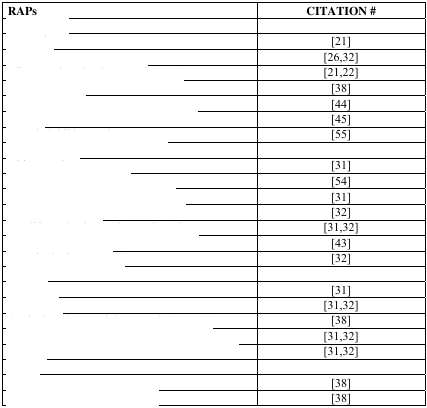
<table><thead><tr><td><b>RAPs</b></td><td><b>CITATION #</b></td></tr></thead><tbody><tr><td>[EMPTY_CELL]</td><td>[EMPTY_CELL]</td></tr><tr><td>[EMPTY_CELL]</td><td>[21]</td></tr><tr><td>[EMPTY_CELL]</td><td>[26,32]</td></tr><tr><td>[EMPTY_CELL]</td><td>[21,22]</td></tr><tr><td>[EMPTY_CELL]</td><td>[38]</td></tr><tr><td>[EMPTY_CELL]</td><td>[44]</td></tr><tr><td>[EMPTY_CELL]</td><td>[45]</td></tr><tr><td>[EMPTY_CELL]</td><td>[55]</td></tr><tr><td>[EMPTY_CELL]</td><td>[EMPTY_CELL]</td></tr><tr><td>[EMPTY_CELL]</td><td>[31]</td></tr><tr><td>[EMPTY_CELL]</td><td>[54]</td></tr><tr><td>[EMPTY_CELL]</td><td>[31]</td></tr><tr><td>[EMPTY_CELL]</td><td>[32]</td></tr><tr><td>[EMPTY_CELL]</td><td>[31,32]</td></tr><tr><td>[EMPTY_CELL]</td><td>[43]</td></tr><tr><td>[EMPTY_CELL]</td><td>[32]</td></tr><tr><td>[EMPTY_CELL]</td><td>[EMPTY_CELL]</td></tr><tr><td>[EMPTY_CELL]</td><td>[31]</td></tr><tr><td>[EMPTY_CELL]</td><td>[31,32]</td></tr><tr><td>[EMPTY_CELL]</td><td>[38]</td></tr><tr><td>[EMPTY_CELL]</td><td>[31,32]</td></tr><tr><td>[EMPTY_CELL]</td><td>[31,32]</td></tr><tr><td>[EMPTY_CELL]</td><td>[EMPTY_CELL]</td></tr><tr><td>[EMPTY_CELL]</td><td>[38]</td></tr><tr><td>[EMPTY_CELL]</td><td>[38]</td></tr></tbody></table>